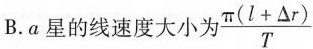
B.a星的线速度大小为 $$\frac { π(l+ △r ) } {T}$$